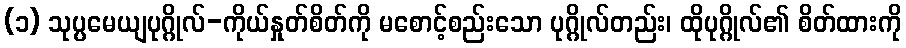
(၁) သုပ္ပမေယျပုဂ္ဂိုလ်-ကိုယ်နှုတ်စိတ်ကို မစောင့်စည်းသော ပုဂ္ဂိုလ်တည်း၊ ထိုပုဂ္ဂိုလ်၏ စိတ်ထားကို